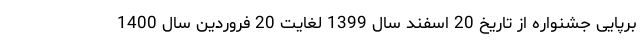
برپایی جشنواره از تاریخ 20 اسفند سال 1399 لغایت 20 فروردین سال 1400